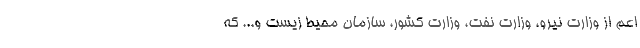
اعم از وزارت نیرو، وزارت نفت، وزارت کشور، سازمان محیط زیست و... که